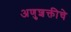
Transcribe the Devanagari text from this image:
अणुशक्तीचे